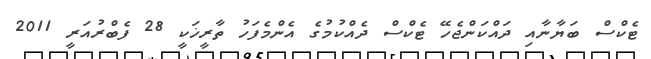
ޓެކްސް ބަޔާނާއި ދައްކަންޖެހޭ ޓެކްސް ދެއްކުމުގެ އެންމެފަހު ތާރީޚަކީ 28 ފެބްރުއަރީ 2011